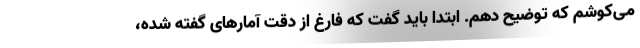
می‌کوشم که توضیح دهم. ابتدا باید گفت که فارغ از دقت آمارهای گفته شده،